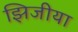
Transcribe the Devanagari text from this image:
झिजीया